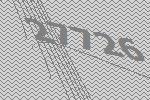
27726